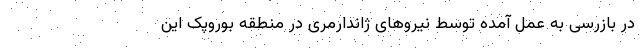
در بازرسی به عمل آمده توسط نیروهای ژاندارمری در منطقه بوروپک این